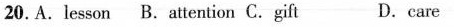
20.A.lesson B. attention C.gift D.care